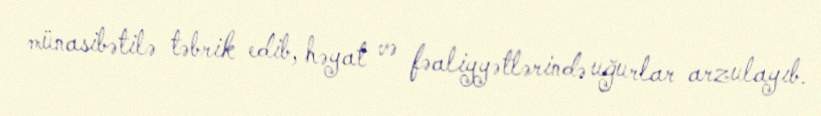
münasibətilə təbrik edib, həyat və fəaliyyətlərində uğurlar arzulayıb.